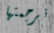
ترجمتها